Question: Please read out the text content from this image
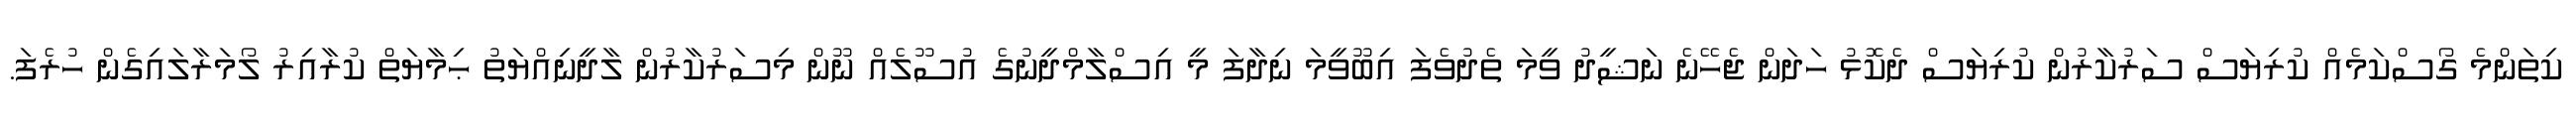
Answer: ކިތަންމެ ގޯސްކަމެއް ކުރިޔަސް ސަރުކާރުން ކުރިޔަސް ދެކޮޅު ހަދަން ޖެހޭނެ ނަޝީދު ވީމަ ތެދުވެފަ އިބޫވީމަ ނިދާފަ މީ އިސްލާމްދީނުގެ އުސޫލެއް ނޫން މިސަރުކާރުން ލާދީނިއްޔަތު ޙިމާޔަތް ކުރާއިރު ލޯމަރާލައިގެން ހުރެފަ.